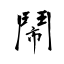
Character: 鬧